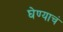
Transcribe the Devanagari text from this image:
घेण्याचं